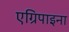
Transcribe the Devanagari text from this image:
एग्रिपाइना